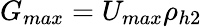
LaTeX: G_{max}=U_{max}\rho_{h2}